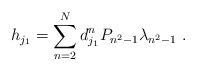
\begin{align*}{h}_{j_1} = \sum_{n=2}^N d_{j_1}^n P_{n^2-1} \lambda_{n^2-1} \ . \end{align*}